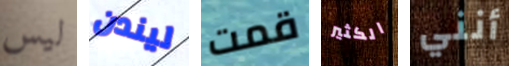
ليس ليندن قمت الكثير أنني